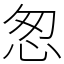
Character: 怱